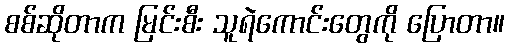
စစ်ဆိုတာက မြင်းစီး သူရဲကောင်းတွေကို ပြောတာ။